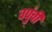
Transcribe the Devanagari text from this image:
वपुंची